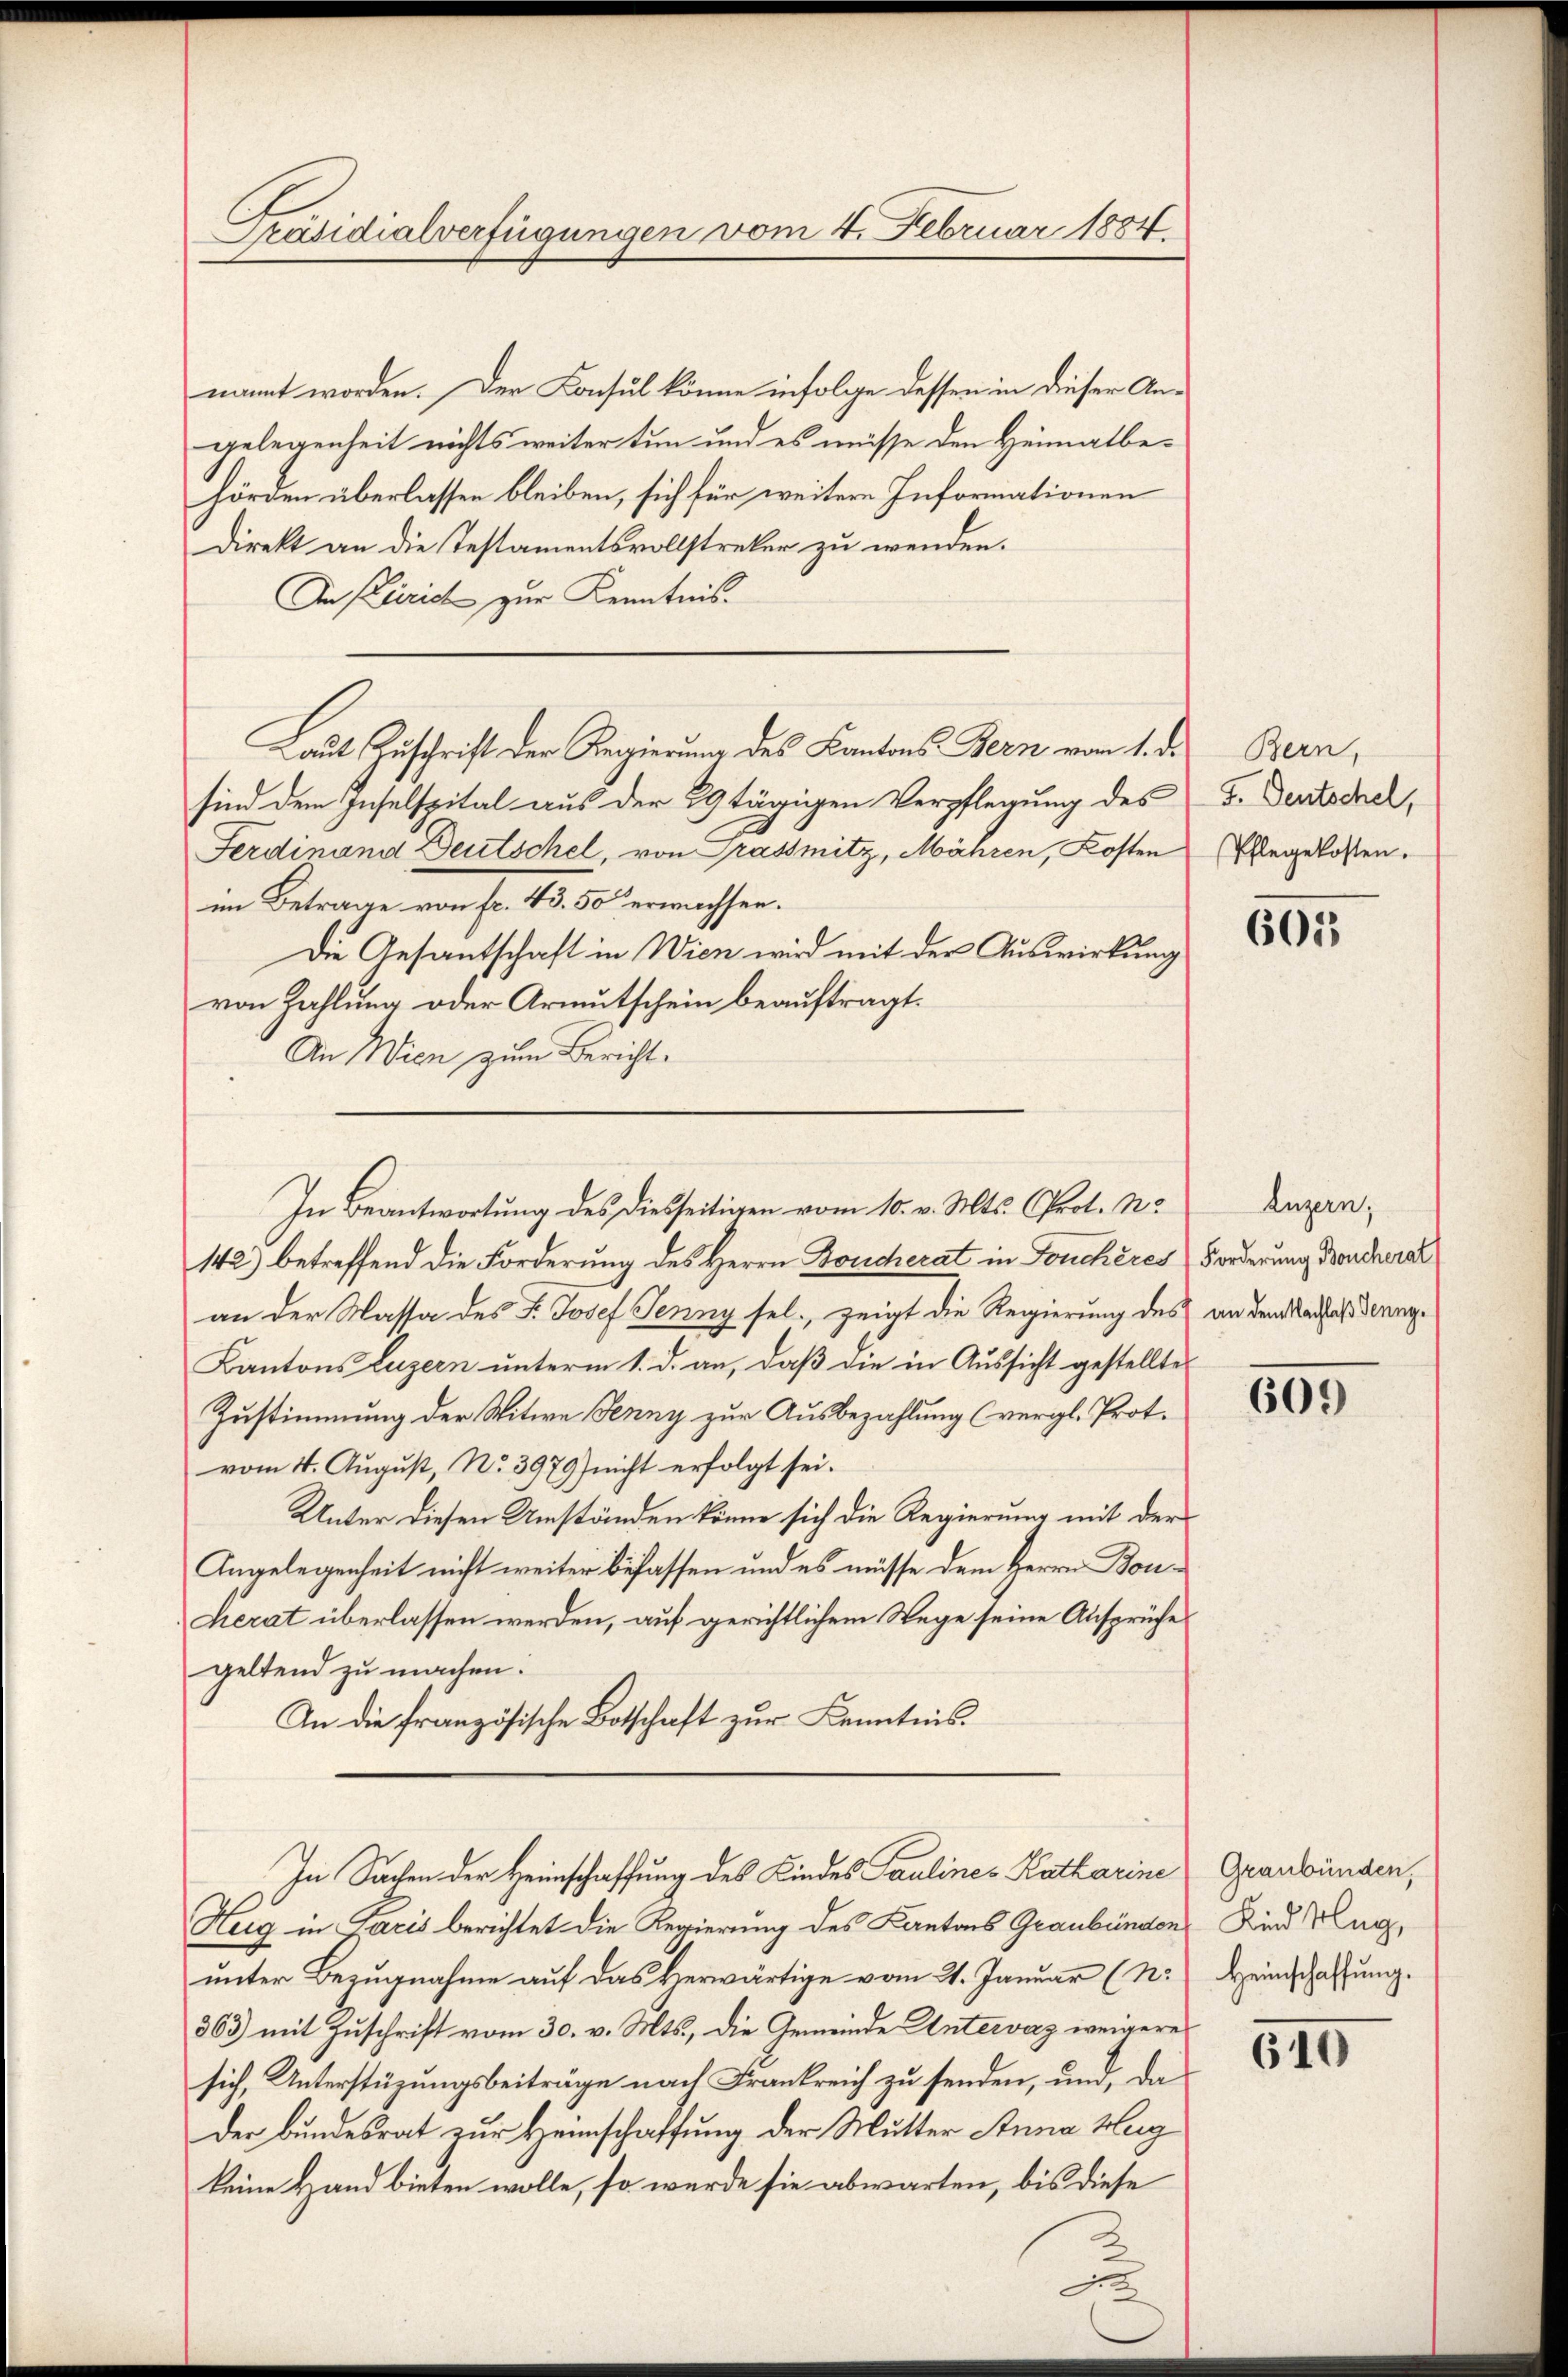
Präsidialverfügungen vom 4. Februar 1884.

nannt worden. Der Konsul könne infolge dessen in dieser Angelegenheit nichts weiter tun und es müsse den Heimatbehörden überlassen bleiben, sich für weitere Informationen
Direkt an die Testamentsvollstreker zu wenden.
In Puric zur Kenntnis.
sind dem Inselspital aus der 29 tägigen Verpflegung des
Ferdinand Deutschel, von Grassmitz, Mähren, Kosten
im Betrage von fr. 43. 50 erwachsen.
Die Gesantschaft in Wien wird mit der Auswirkung
von Zahlung oder Armutschein beauftragt.
An Wien zum Bericht.
142) betreffend die Forderung des Herrn Boucherat in Fonchères Forderung Deucheral
an der Massa des F. Josef Jenny sel., zeigt die Regierung des an dem Nachah eringe
Kantons Luzern unterm 1. d. an, daß die in Aussicht gestellte
Zustimmung der Witwe Jenny zur Ausbezahlung (vergl. Prot.
vom 4. August, No. 3979) nicht erfolgt sei.
Unter diesen Umständen könne sich die Regierung mit der
Angelegenheit nicht weiter befassen und es müsse dem Herrn Bon¬
Lierat überlassen werden, auf gerichtlichem Wege seine Ansprüche
geltend zu machen.
In die französische Botschaft zur Kenntnis.
In Sachen der Heimschaffung des Kindes Paulines Katharine
Herg in Paris berichtet die Regierung des Kantons Graubünden
unter Bezugnahme auf das Herwärtige vom 21. Januar (N.) Heinschaffung.
363) mit Zuschrift vom 30. v. Mts., die Gemeinde Untervaz weigere
sich, Unterstüzungsbeiträge nach Frankreich zu senden, und, da
der Bundesrat zur Heimschaffung der Mutter Anna Mag
keine Hand bieten wolle, so wurde sie abwarten, bis diese

aut Zuschrift der Regierung des Kantons Bern vom 1. d.

In Beantwortung des diesseitigen vom 10. v. Mts. (Prot. No

Bern,
F. Deutschel,
Pflegekosten.

605

Luzern,

609

Graubünden,
Kind Mag,

610